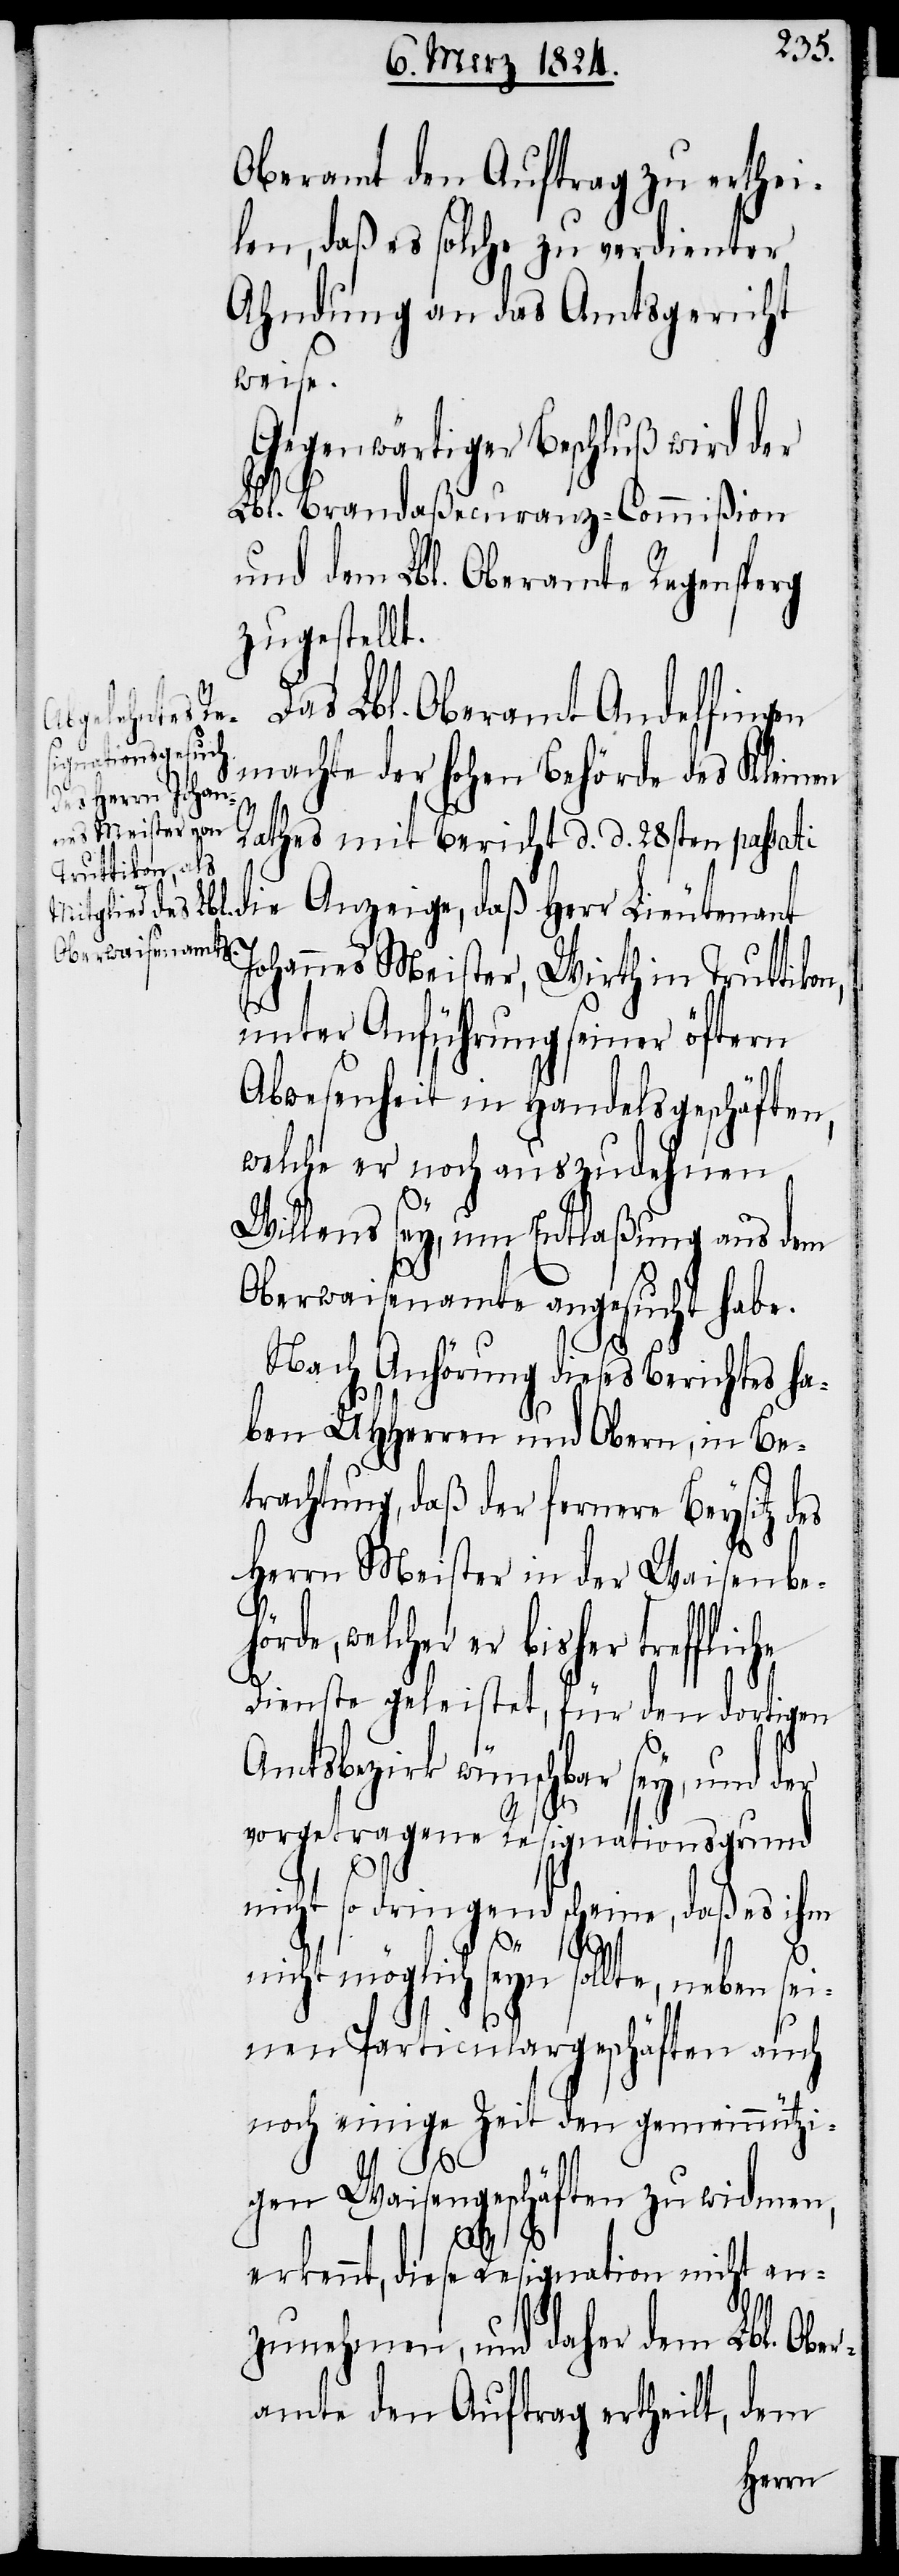
Oberamt den Auftrag zu erthei¬
len, daß es solche zu verdienter
Ahndung an das Amtsgericht
weise.
Gegenwärtiger Beschluß wird der
Lbl. Brandaßecuranz-Commißion
und dem Lbl. Oberamte Regensberg
zugestellt.
Das Lbl. Oberamt Andelfingen
lsgeschäften,
machte der hohen Behörde des Kleinen
Rathes mit Bericht d. d. 28sten passat¬
i die Anzeige, daß Herr Lieutenant
Johannes Meister, Wirth in Truttiko¬
unter Anführung in Hande¬
welche er noch auszudehnen
Willens sey, um Entlaßung aus dem
Oberwaisenamte angesucht habe.
Nach Anhörung dieses Berichtes ha¬
ben UHHerren und Obern, in Be¬
trachtung, daß der fernere Beysitz des
Herrn Meister in der Waisenbeh¬
örde, welcher er bisher trefflic¬
he
Dienste geleistet, für den dortigen
Amtsbezirk wünschbar sey, und der
vorgetragene Resignationsgrund
nicht so dringend scheine, daß es ihm
nicht möglich seyn sollte, neben sei¬
nen Particulargeschäften auch
noch einige Zeit den gemeinnützi¬
gen Waisengeschäften zu widmen,
erkennt, diese Resignation nicht an¬
zunehmen, und daher dem Lbl. Ober¬
amte den Auftrag ertheilt, dem